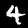
Label: 4